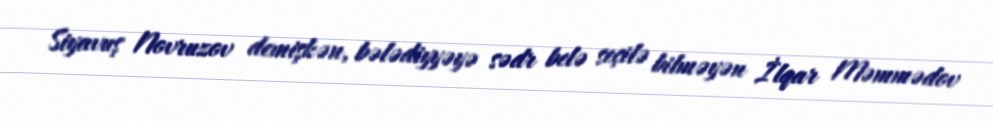
Siyavuş Novruzov demişkən, bələdiyyəyə sədr belə seçilə bilməyən İlqar Məmmədov